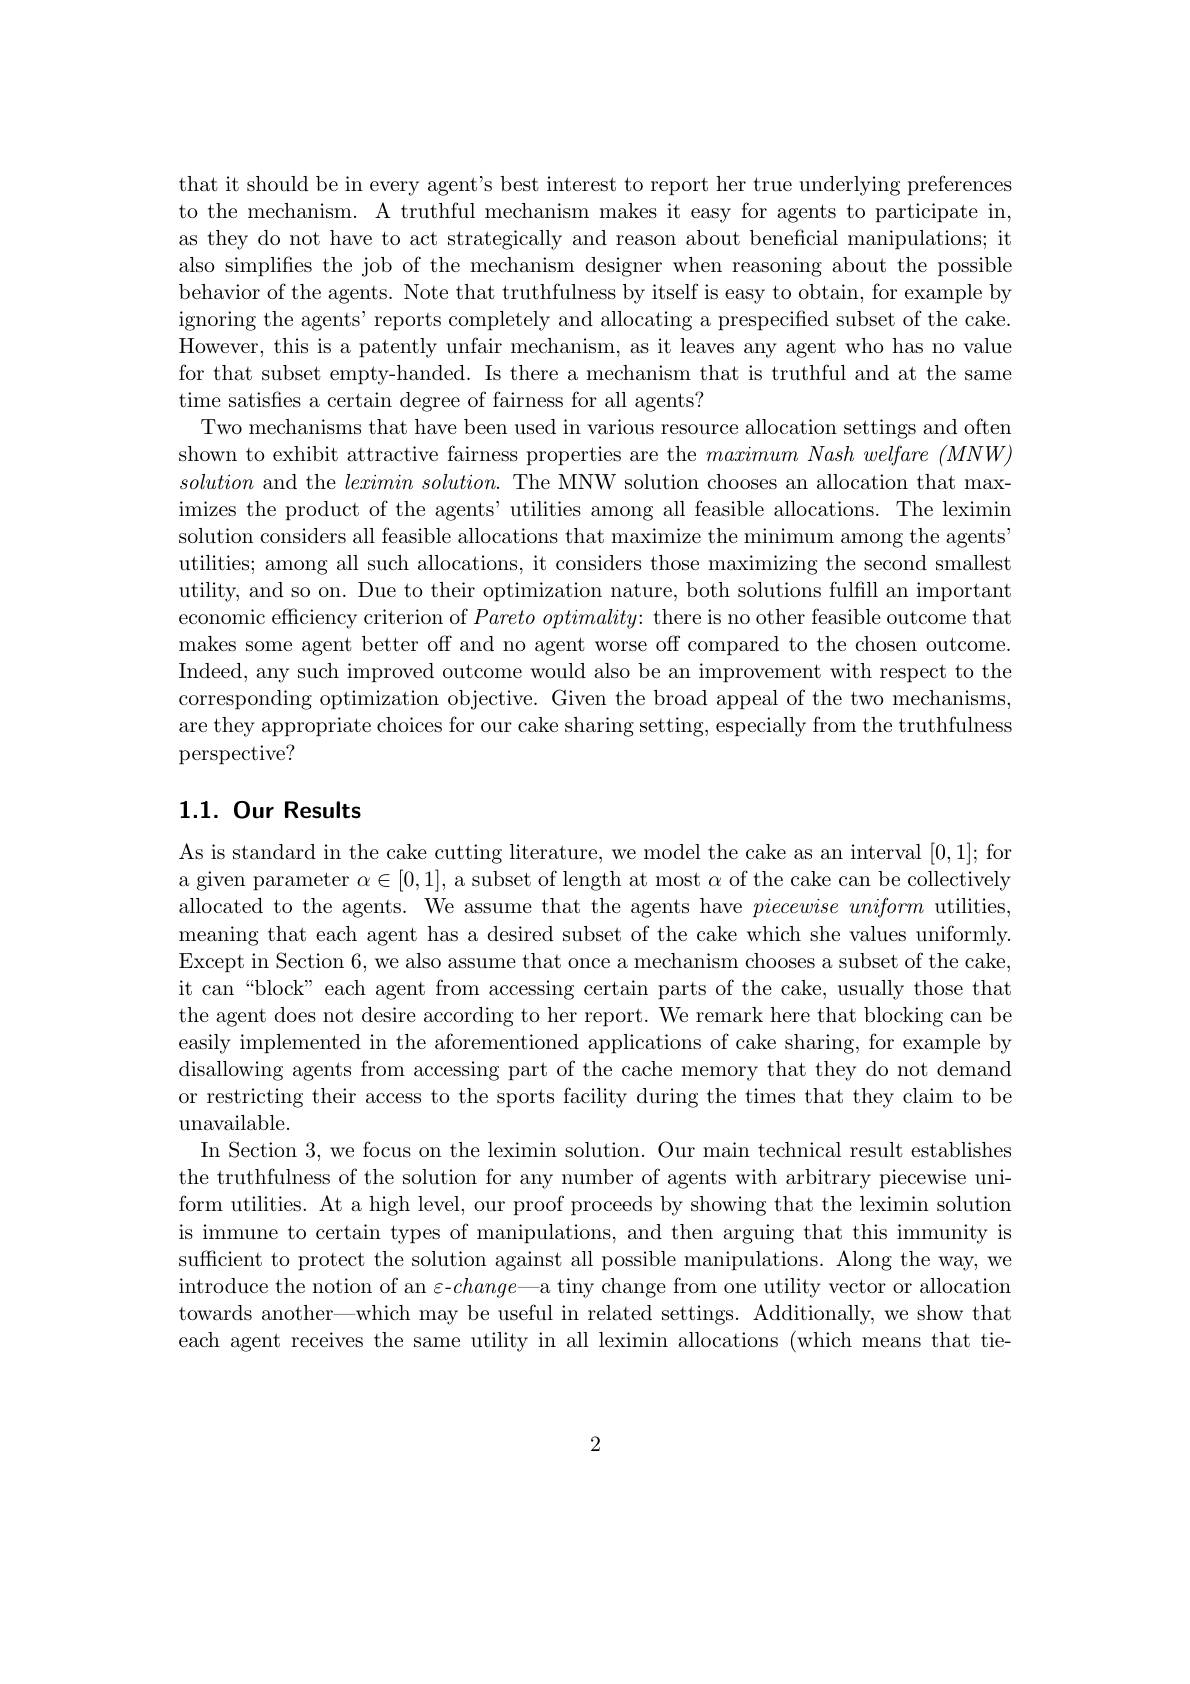
that it should be in every agent's best interest to report her true underlying preferences to the mechanism. A truthful mechanism makes it easy for agents to participate in, as they do not have to act strategically and reason about beneficial manipulations; it also simplifies the job of the mechanism designer when reasoning about the possible behavior of the agents. Note that truthfulness by itself is easy to obtain, for example by ignoring the agents' reports completely and allocating a prespecified subset of the cake. However, this is a patently unfair mechanism, as it leaves any agent who has no value for that subset empty-handed. Is there a mechanism that is truthful and at the same time satisfies a certain degree of fairness for all agents?
Two mechanisms that have been used in various resource allocation settings and often shown to exhibit attractive fairness properties are the $maximum\textit{ Nash welfare }( MNW)$ solution and the $leximin\textit{ solution. The MNW solution chooses an allocation that max- }$ imizes the product of the agents' utilities among all feasible allocations. The leximin solution considers all feasible allocations that maximize the minimum among the agents" utilities; among all such allocations, it considers those maximizing the second smallest utility, and so on. Due to their optimization nature, both solutions fulfill an important economic efficiency criterion of $Pareto\textit{ optimality: there is no other feasible outcome that}$ makes some agent better off and no agent worse off compared to the chosen outcome. Indeed, any such improved outcome would also be an improvement with respect to the corresponding optimization objective. Given the broad appeal of the two mechanisms are they appropriate choices for our cake sharing setting, especially from the truthfulness perspective?

## 1.1. Our Results

As is standard in the cake cutting literature, we model the cake as an interval [0,1];for a given parameter $\alpha\in[0,1]$, a subset of length at most $\alpha$ of the cake can be collectively allocated to the agents. We assume that the agents have $piecewise\textit{uniform utilities, }$ meaning that each agent has a desired subset of the cake which she values uniformly. Except in Section 6, we also assume that once a mechanism chooses a subset of the cake, it can“block” each agent from accessing certain parts of the cake, usually those that the agent does not desire according to her report. We remark here that blocking can be easily implemented in the aforementioned applications of cake sharing, for example by disallowing agents from accessing part of the cache memory that they do not demand or restricting their access to the sports facility during the times that they claim to be unavailable.
In Section 3,we focus on the leximin solution. Our main technical result establishes the truthfulness of the solution for any number of agents with arbitrary piecewise uniform utilities. At a high level, our proof proceeds by showing that the leximin solution is immune to certain types of manipulations, and then arguing that this immunity is sufficient to protect the solution against all possible manipulations. Along the way, we introduce the notion of an ε-$change—$a tiny change from one utility vector or allocation towards another—which may be useful in related settings. Additionally, we show that each agent receives the same utility in all leximin allocations (which means that tie-

2